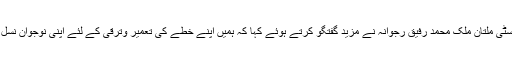
گورنر پنجاب و چانسلر بہائو الدین زکریا یونیورسٹی ملتان ملک محمد رفیق رجوانہ نے مزید گفتگو کرتے ہوئے کہا کہ ہمیں اپنے خطے کی تعمیر وترقی کے لئے اپنی نوجوان نسل کی تعلیم و تربیت پر خصوصی توجہ دینا ہوگی۔